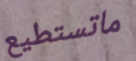
ماتستطيع